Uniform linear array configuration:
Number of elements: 8
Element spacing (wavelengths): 0.25
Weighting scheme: exponential
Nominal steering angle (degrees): -60
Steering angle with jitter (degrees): -59.012
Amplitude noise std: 0.05
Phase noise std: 0.05

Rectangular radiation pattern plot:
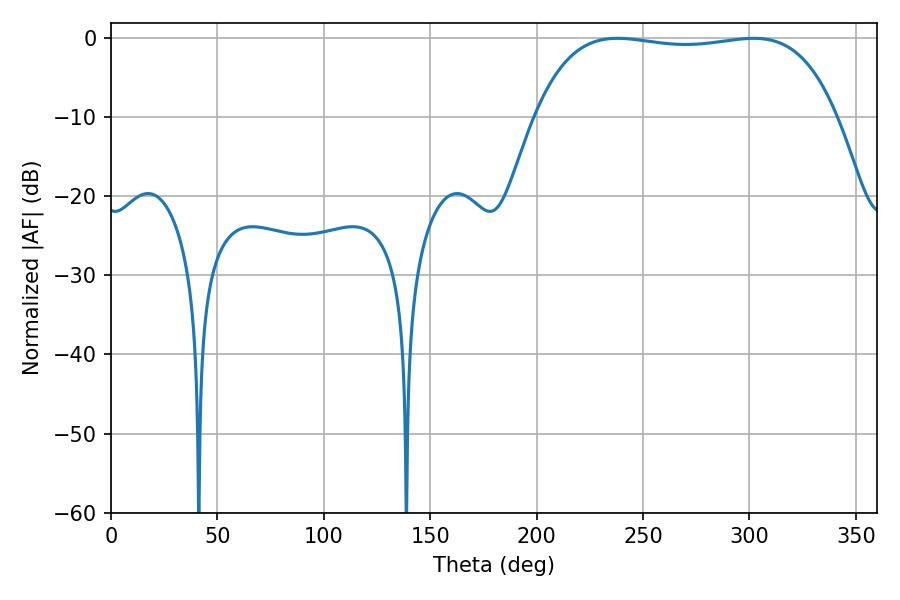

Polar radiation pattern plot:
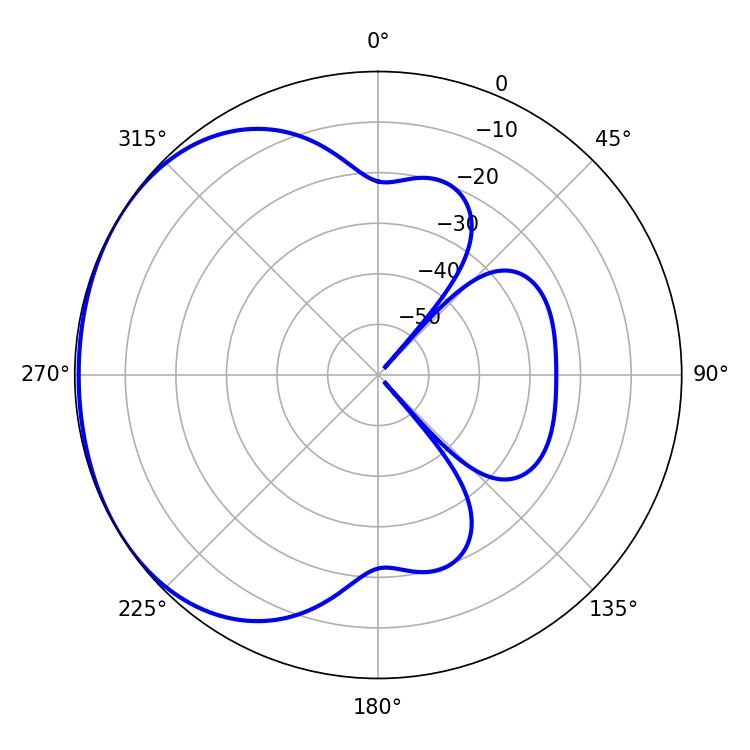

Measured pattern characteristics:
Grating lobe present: FALSE
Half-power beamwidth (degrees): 113.04
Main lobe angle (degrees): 237.96